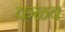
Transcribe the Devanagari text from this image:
कळव